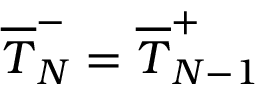
\overline { T } _ { N } ^ { - } = \overline { T } _ { N - 1 } ^ { + }